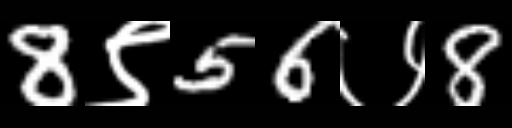
Text: 8९56७8